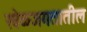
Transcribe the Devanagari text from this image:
खेळजगतातील